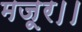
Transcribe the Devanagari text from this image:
मजूर।।